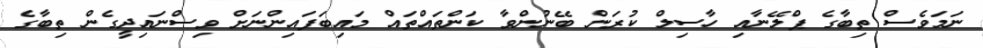
ނަމަވެސް ތިބާގެ ޕްލޭނާއި ހާސިލް ކުރަން ބޭނުންވާ ކަންތައްތައް މައިބަފައިންނަށް ވިސްނައިދީގެން ތިބާގެ